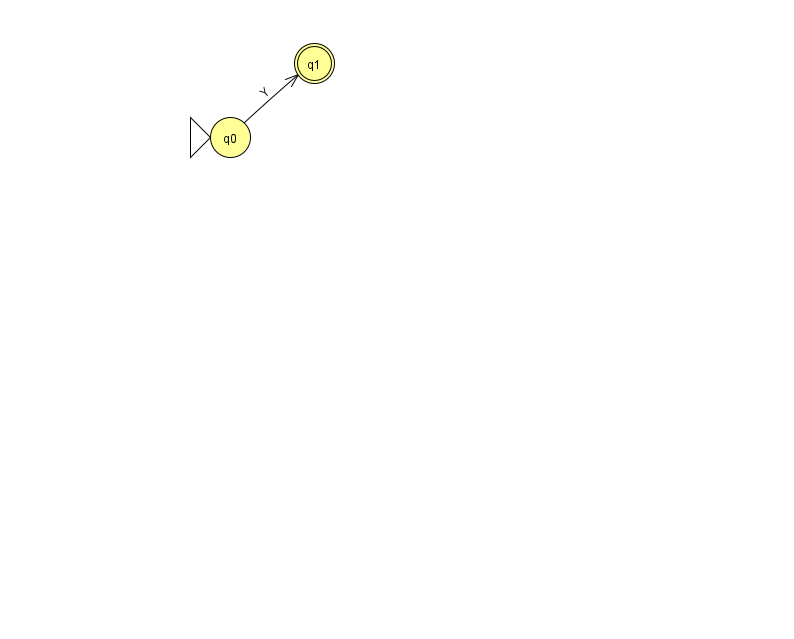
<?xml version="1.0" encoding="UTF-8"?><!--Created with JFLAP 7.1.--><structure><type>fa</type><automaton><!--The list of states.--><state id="0" name="q0"><x>230.0</x><y>124.0</y><initial/></state><state id="1" name="q1"><x>314.0</x><y>50.0</y><final/></state><!--The list of transitions.--><transition><from>0</from><to>1</to><read>Y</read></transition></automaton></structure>